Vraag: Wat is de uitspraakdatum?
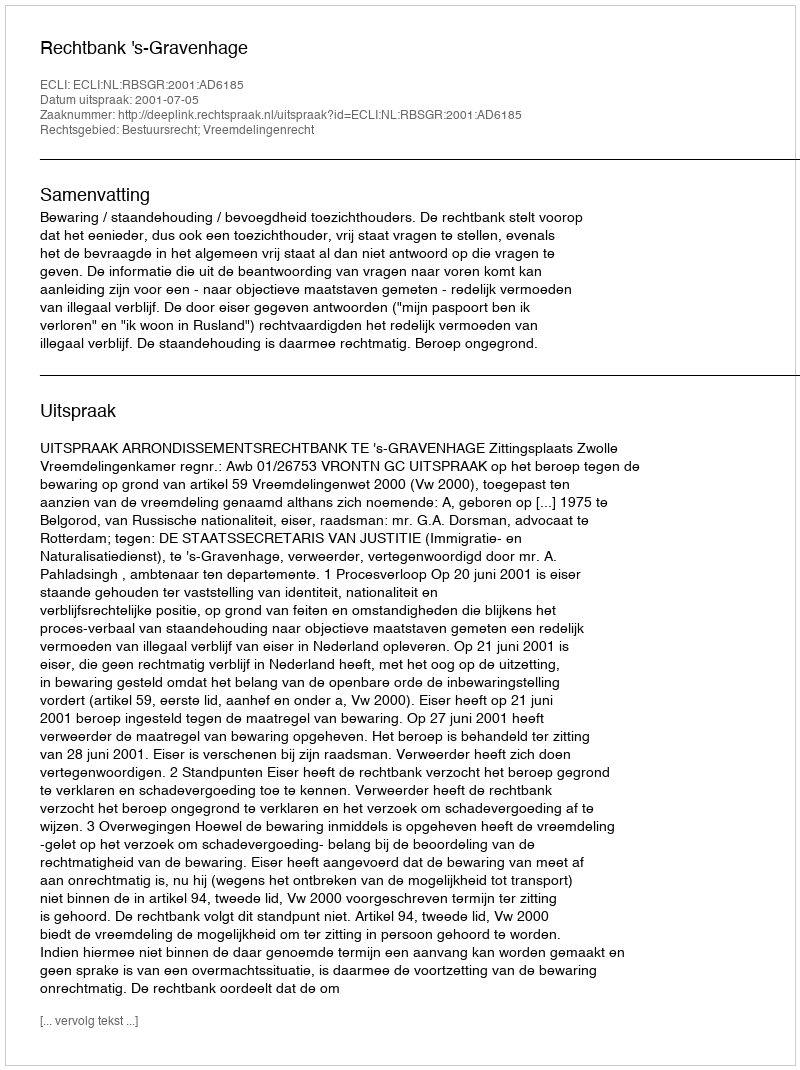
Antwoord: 2001-07-05